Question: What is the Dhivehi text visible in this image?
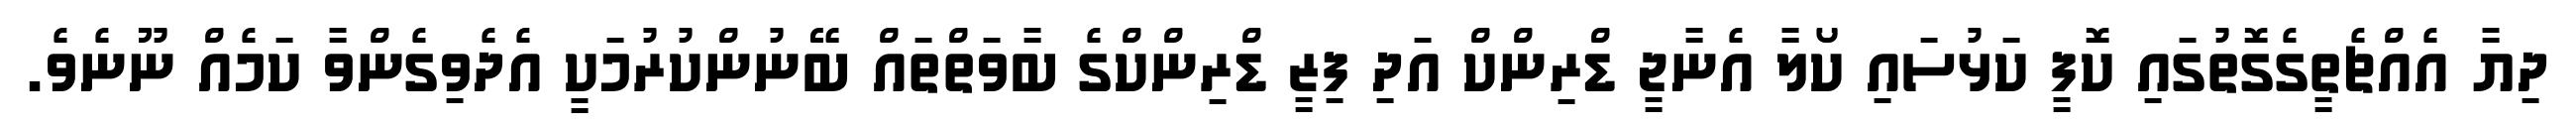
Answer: ދިޔާ އެއްޗެތީގެގޮތުގައި ކޮފީ ކަޅުސައި ކޯލާ އެނާޖީ ޑްރިންކް އަދި ފިޒީ ޑްރިންކްގެ ބާވަތްތައް ބޭނުންކުރުމަކީ އެދެވިގެންވާ ކަމެއް ނޫނެވެ.